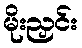
မိုးညှင်း